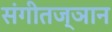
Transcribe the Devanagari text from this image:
संगीतज्ञान